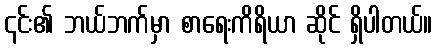
၎င်း၏ ဘယ်ဘက်မှာ စာရေးကိရိယာ ဆိုင် ရှိပါတယ်။